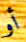
أو